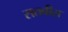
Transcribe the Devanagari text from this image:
सतबीस